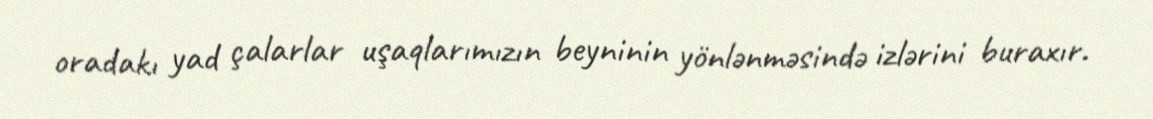
oradakı yad çalarlar uşaqlarımızın beyninin yönlənməsində izlərini buraxır.